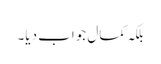
بلکہ کمال جواب دیا۔